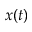
x ( t )